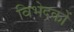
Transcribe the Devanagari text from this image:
विभेदकों